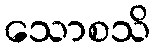
သောစသိ